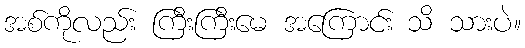
အစ်ကိုလည်း ကြီးကြီးမေ အကြောင်း သိ သားပဲ။